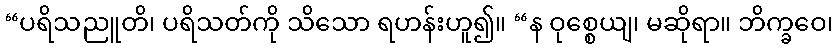
“ပရိသညူတိ၊ ပရိသတ်ကို သိသော ရဟန်းဟူ၍။ “န ဝုစ္စေယျ၊ မဆိုရာ။ ဘိက္ခဝေ၊